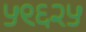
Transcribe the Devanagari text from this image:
५९६२५